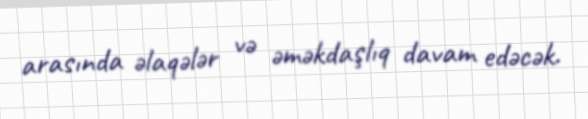
arasında əlaqələr və əməkdaşlıq davam edəcək.